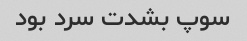
سوپ بشدت سرد بود